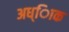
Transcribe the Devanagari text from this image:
अध्ािक